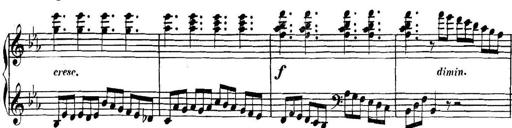
Title: Collected Piano Sonatas
Composer: Muzio Clementi